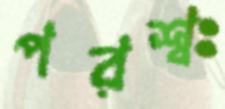
পরশ্বঃ